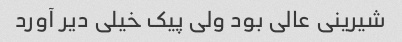
شیرینی عالی بود ولی پیک خیلی دیر آورد